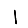
Digit: 1